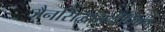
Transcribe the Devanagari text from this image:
जैनसिद्धांतदीपिका